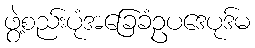
ဖွဲ့စည်းပုံအခြေခံဥပဒေပုဒ်မ